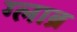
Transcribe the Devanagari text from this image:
ग्लाब्र